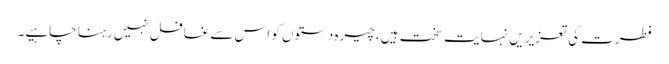
فطرت کی تعزیریں نہایت سخت ہیں ،چیرہ دستوں کو اس سے غافل نہیں رہنا چاہیے۔